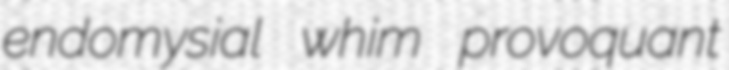
endomysial whim provoquant